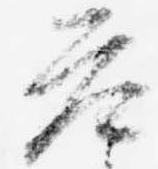
参